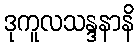
ဒုကူလသန္ဒနာနိ